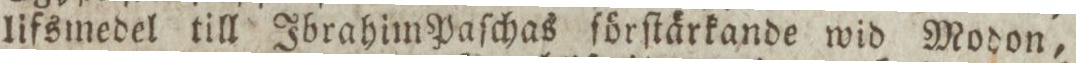
lifsmedel till Ibrahim Paſchas förſtärkande wid Modon,